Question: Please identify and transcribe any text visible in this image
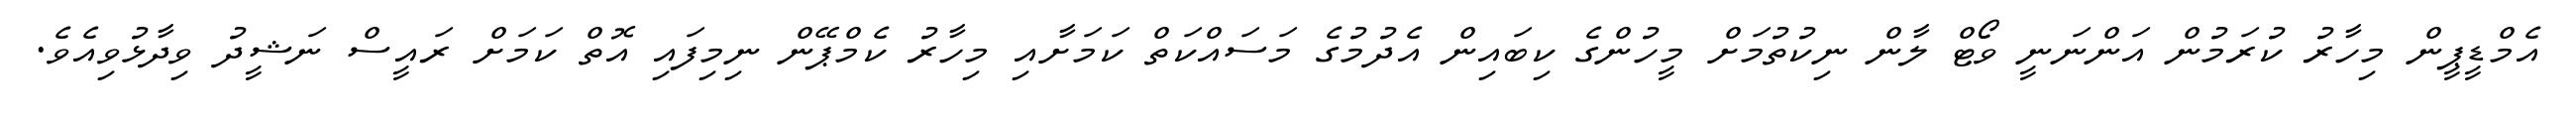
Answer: އެމްޑީޕީން މިހާރު ކުރަމުން އަންނަނީ ވޯޓް ލާން ނިކުތުމަށް މީހުންގެ ކިބައިން އެދުމުގެ މަސައްކަތް ކަމަށާއި މިހާރު ކެމްޕޭން ނިމިފައި އޮތް ކަމަށް ރައީސް ނަޝީދު ވިދާޅުވިއެވެ.